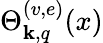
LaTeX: \Theta_{\mathbf{k},q}^{(v,e)}(x)